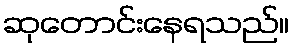
ဆုတောင်းနေရသည်။